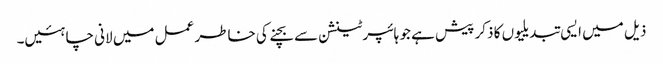
ذیل میں ایسی تبدیلیوں کا ذکر پیش ہے جو ہائپرٹینشن سے بچنے کی خاطر عمل میں لانی چاہئیں۔